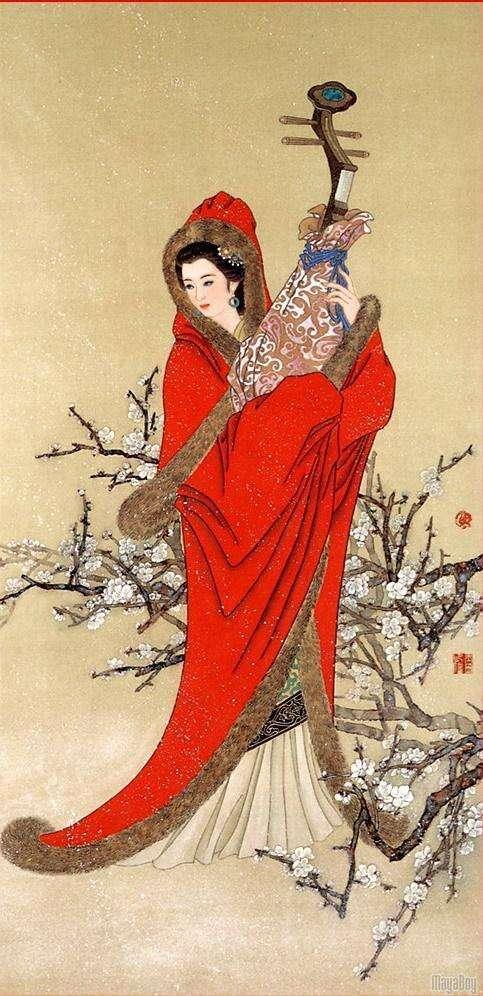
归时休放烛光红，待踏马蹄清夜月。